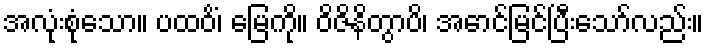
အလုံးစုံသော။ ပထဝိံ၊ မြေကို။ ဝိဇိနိတွာပိ၊ အောင်မြင်ပြီးသော်လည်း။